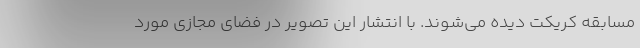
مسابقه کریکت دیده می‌شوند. با انتشار این تصویر در فضای مجازی مورد